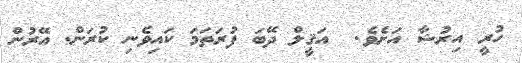
ހުރީ އިރުޝާ އަށެވެ.  އަޤީލް ދޭބަ ފުރަތަމަ ކައިވެނި ކުރަން. އޭރުން